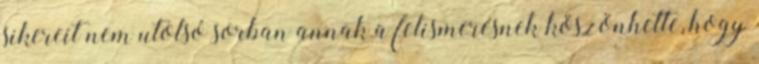
sikereit nem utolsó sorban annak a felismerésnek köszönhette, hogy